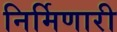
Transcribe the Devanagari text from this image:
निर्मिणारी